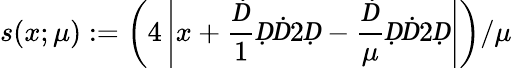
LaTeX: s(x;\mu):=\left(4\left|x+\frac Ḋ1ḌḊ2Ḍ-\frac Ḋ\mu ḌḊ2Ḍ\right|\right)/\mu